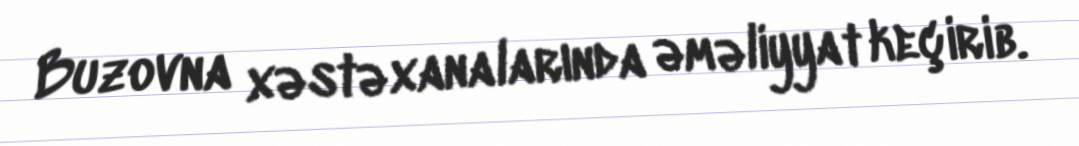
Buzovna xəstəxanalarında əməliyyat keçirib.